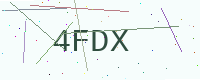
Text: 4FDX